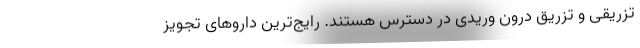
تزریقی و تزریق درون وریدی در دسترس هستند. رایج‌ترین داروهای تجویز